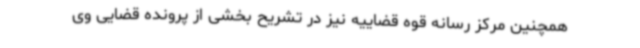
همچنین مرکز رسانه قوه قضاییه نیز در تشریح بخشی از پرونده قضایی وی